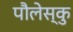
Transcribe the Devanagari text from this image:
पौलेस्कु